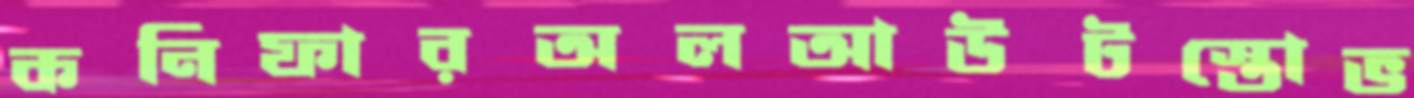
কনিফারঅলআউটস্তোভ